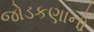
જોડકણાનો